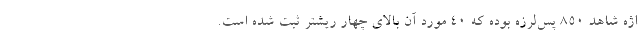
اژه شاهد ۸۵۰ پس‌لرزه بوده که ۴۰ مورد آن بالای چهار ریشتر ثبت شده است.